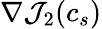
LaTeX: \nabla{\mathcal{J}}_{2}(c_{s})